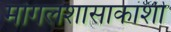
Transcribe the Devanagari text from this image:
मोगलशासाकांशी